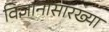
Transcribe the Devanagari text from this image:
विज्ञानासारख्या